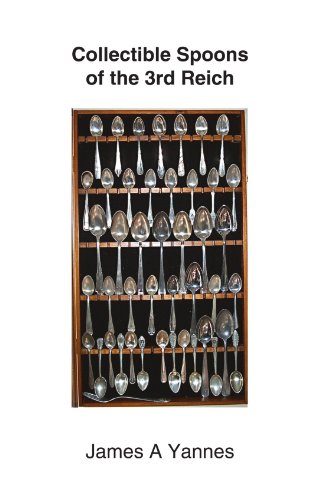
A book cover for Collectible Spoons of the 3rd Reich; James A Yannes; Crafts, Hobbies & Home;